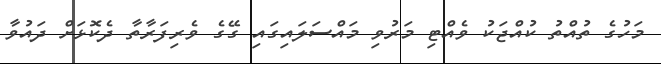
މަހުގެ ތުއްތު ކުއްޖަކު ވެއްޓި މަރުވި މައްސަލައިގައި ގޭގެ ވެރިފަރާތާ ދެކޮޅަށް ދައުވާ